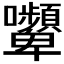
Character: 𭍔